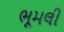
ભૂમલી